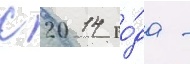
с 2014 го́да -